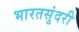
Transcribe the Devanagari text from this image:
भारतसुंदरी